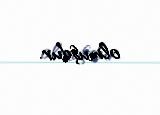
olmuşdur.